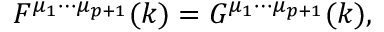
{ \cal F } ^ { { \mu } _ { 1 } { \cdots } { \mu } _ { p + 1 } } ( k ) = { \cal G } ^ { { \mu } _ { 1 } { \cdots } { \mu } _ { p + 1 } } ( k ) ,